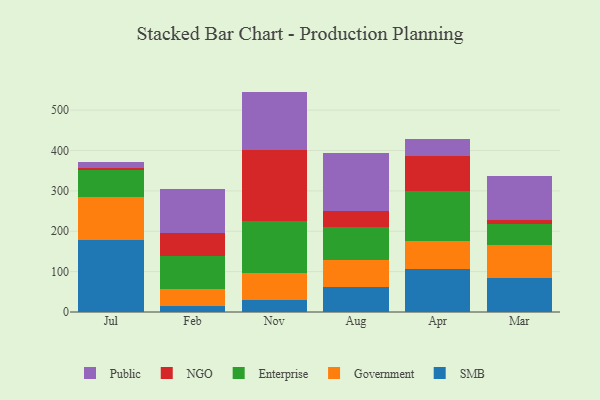
{"axis": {"x": "Month", "y": "Tickets Resolved"}, "legend": ["Enterprise", "Government", "NGO", "Public", "SMB"], "data": [{"x": "Jul", "y": 177.8, "type": "SMB"}, {"x": "Jul", "y": 106.3, "type": "Government"}, {"x": "Jul", "y": 66.5, "type": "Enterprise"}, {"x": "Jul", "y": 5.6, "type": "NGO"}, {"x": "Jul", "y": 15.8, "type": "Public"}, {"x": "Feb", "y": 15.2, "type": "SMB"}, {"x": "Feb", "y": 41.5, "type": "Government"}, {"x": "Feb", "y": 81.0, "type": "Enterprise"}, {"x": "Feb", "y": 58.8, "type": "NGO"}, {"x": "Feb", "y": 108.9, "type": "Public"}, {"x": "Nov", "y": 30.3, "type": "SMB"}, {"x": "Nov", "y": 65.7, "type": "Government"}, {"x": "Nov", "y": 130.1, "type": "Enterprise"}, {"x": "Nov", "y": 174.2, "type": "NGO"}, {"x": "Nov", "y": 145.6, "type": "Public"}, {"x": "Aug", "y": 62.7, "type": "SMB"}, {"x": "Aug", "y": 65.8, "type": "Government"}, {"x": "Aug", "y": 83.1, "type": "Enterprise"}, {"x": "Aug", "y": 39.1, "type": "NGO"}, {"x": "Aug", "y": 143.9, "type": "Public"}, {"x": "Apr", "y": 106.9, "type": "SMB"}, {"x": "Apr", "y": 68.1, "type": "Government"}, {"x": "Apr", "y": 125.8, "type": "Enterprise"}, {"x": "Apr", "y": 86.5, "type": "NGO"}, {"x": "Apr", "y": 41.5, "type": "Public"}, {"x": "Mar", "y": 84.2, "type": "SMB"}, {"x": "Mar", "y": 82.7, "type": "Government"}, {"x": "Mar", "y": 50.7, "type": "Enterprise"}, {"x": "Mar", "y": 10.0, "type": "NGO"}, {"x": "Mar", "y": 108.8, "type": "Public"}]}